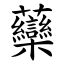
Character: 虊